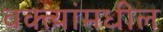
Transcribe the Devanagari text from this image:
वक्त्यांमधील